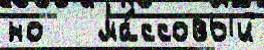
но   ма́ссовый